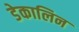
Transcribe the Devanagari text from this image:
डेकालिन